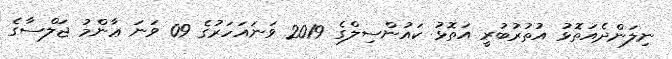
ނިލަންދެއަތޮޅު އުތުރުބުރީ އަތޮޅު ކައުންސިލްގެ 2019 ވަނައަހަރުގެ 09 ވަނަ ޢާންމު ޖަލްސާގެ